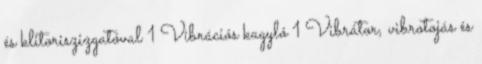
és klitoriszizgatóval 1 Vibrációs kagyló 1 Vibrátor, vibrotojás és